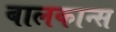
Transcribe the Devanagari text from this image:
बालकान्स